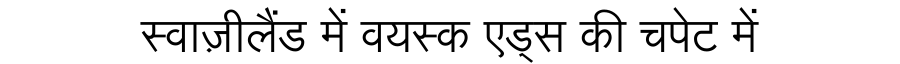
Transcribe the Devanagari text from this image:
स्वाज़ीलैंड में वयस्क एड्स की चपेट में